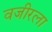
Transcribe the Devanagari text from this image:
वजीरला